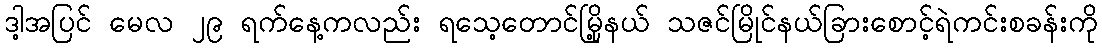
ဒါ့အပြင် မေလ ၂၉ ရက်နေ့ကလည်း ရသေ့တောင်မြို့နယ် သဇင်မြိုင်နယ်ခြားစောင့်ရဲကင်းစခန်းကို